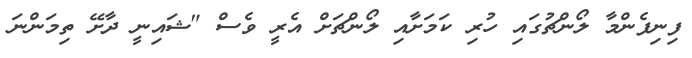
ފިނިފެންމާ ލޯންޗުގައި ހުރި ކަމަށާއި ލޯންޗަށް އެރީ ވެސް "ޝައިނީ ދާށޭ ތިމަންނަ